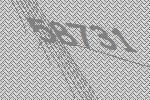
58731